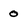
Character: 0